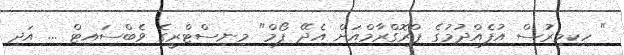
" ހިކިމިރުސް އުފެއްދުމުގެ ޕްރޮގްރާމްއަށް އެދޭ ފޯމް" މިނިސްޓްރީގެ ވެބްސައިޓް ... އަދި